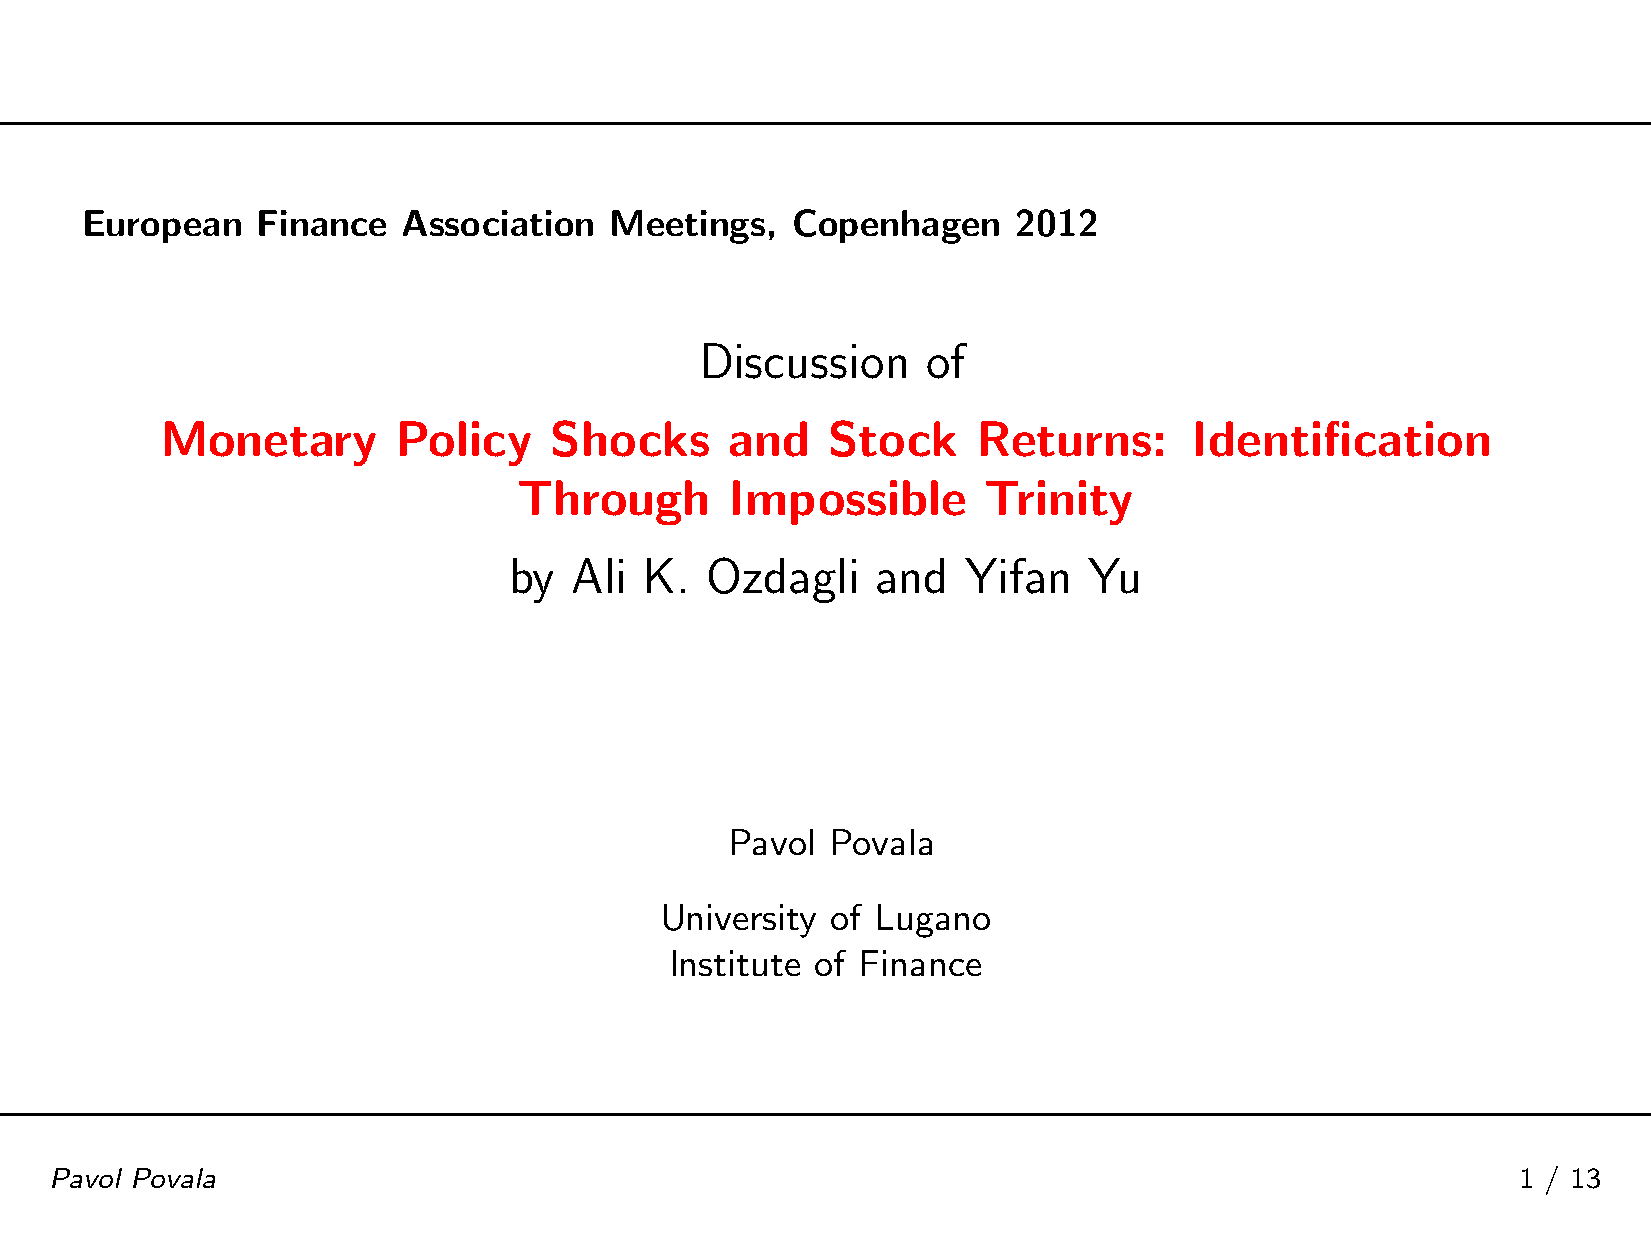
European    Finance   Association  Meetings,   Copenhagen     2012
 Discussion     of
 Monetary       Policy    Shocks      and    Stock     Returns:      Identification
 Through       Impossible       Trinity
 by  Ali  K.  Ozdagli    and   Yifan   Yu
 Pavol  Povala
 University of Lugano
 Institute of Finance
 Pavol Povala                                                                                      1 / 13